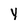
Character: y